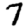
Digit: 7